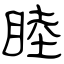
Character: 睦